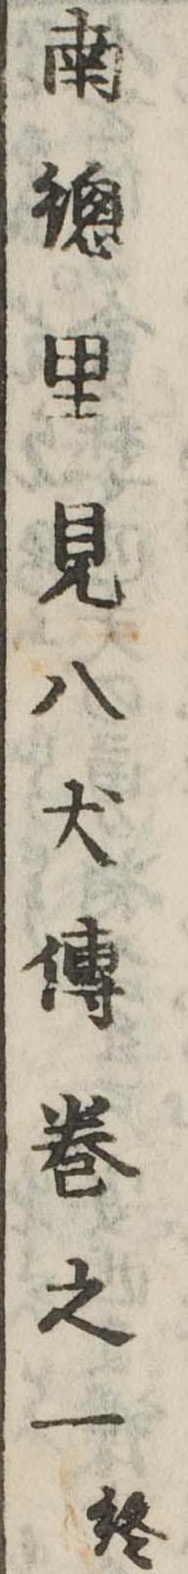
南総里見八犬伝巻之一終